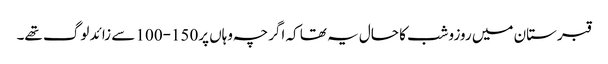
قبرستان میں روزوشب کا حال یہ تھا کہ اگرچہ وہاں پر150-100 سے زائد لوگ تھے۔